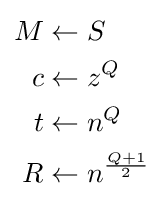
{\begin{aligned}M&\leftarrow S\\c&\leftarrow z^{Q}\\t&\leftarrow n^{Q}\\R&\leftarrow n^{\frac {Q+1}{2}}\end{aligned}}